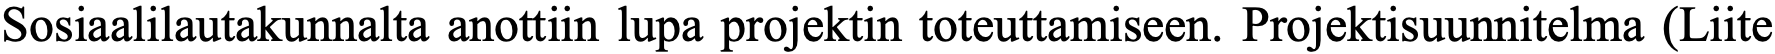
Sosiaalilautakunnalta anottiin lupa projektin toteuttamiseen. Projektisuunnitelma (Liite